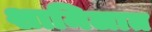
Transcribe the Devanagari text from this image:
शामिलात